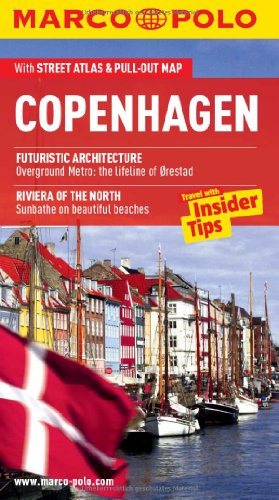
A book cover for Copenhagen Marco Polo Guide (Marco Polo Guides); Marco Polo Travel; Travel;